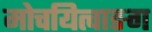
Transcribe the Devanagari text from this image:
मोचयित्वाङग